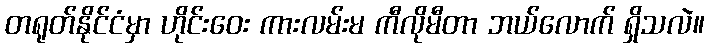
တရုတ်နိုင်ငံမှာ ဟိုင်းဝေး ကားလမ်းမ ကီလိုမီတာ ဘယ်လောက် ရှိသလဲ။